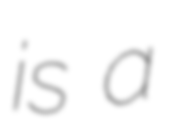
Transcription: is a